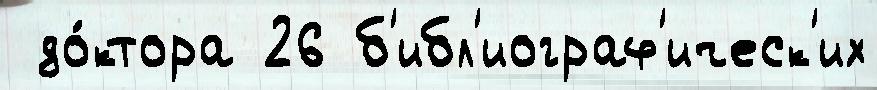
 до́ктора 26 б'ибл'иограф'ическ'их